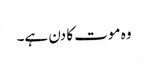
وہ موت کا دن ہے۔